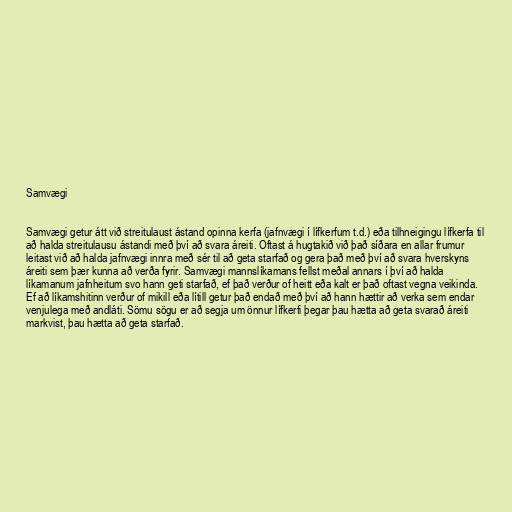
Samvægi

Samvægi getur átt við streitulaust ástand opinna kerfa (jafnvægi í lífkerfum t.d.) eða tilhneigingu lífkerfa til
að halda streitulausu ástandi með því að svara áreiti. Oftast á hugtakið við það síðara en allar frumur
leitast við að halda jafnvægi innra með sér til að geta starfað og gera það með því að svara hverskyns
áreiti sem þær kunna að verða fyrir. Samvægi mannslíkamans fellst meðal annars í því að halda
líkamanum jafnheitum svo hann geti starfað, ef það verður of heitt eða kalt er það oftast vegna veikinda.
Ef að líkamshitinn verður of mikill eða lítill getur það endað með því að hann hættir að verka sem endar
venjulega með andláti. Sömu sögu er að segja um önnur lífkerfi þegar þau hætta að geta svarað áreiti
markvist, þau hætta að geta starfað.